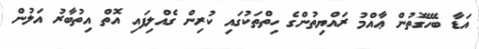
އަޑާ ބެހޭގޮތުން ޢާއްމު ރައްޔިތުންގެ ހިތްތަކުގައި ކުރިން ގެއްލިފައި އޮތް އިތުބާރު އަލުން